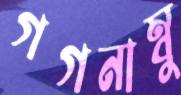
গগনাম্বু